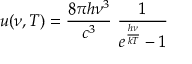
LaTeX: u ( \nu , T ) = { \frac { 8 \pi h \nu ^ { 3 } } { c ^ { 3 } } } ~ { \frac { 1 } { e ^ { \frac { h \nu } { k T } } - 1 } }